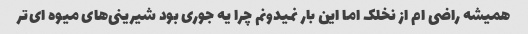
همیشه راضی ام از نخلک اما این بار نمیدونم چرا یه جوری بود شیرینی‌های میوه ای‌تر